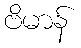
ဗိမာန်